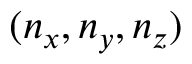
( n _ { x } , n _ { y } , n _ { z } )